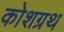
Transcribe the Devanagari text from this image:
कोशग्रथ